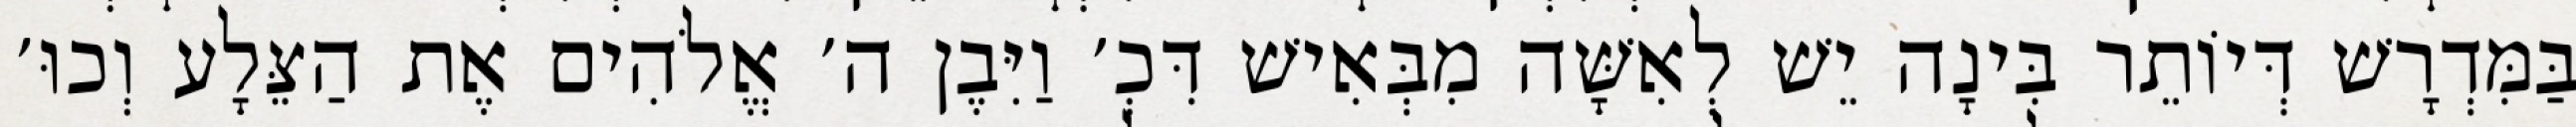
בַּמִּדְרָשׁ דְּיוֹתֵר בִּינָה יֵשׁ לְאִשָּׁה מִבְּאִישׁ דִּכְ׳ וַיִּבֶן ה׳ אֱלֹהִים אֶת הַצֵּלָע וְכוּ׳